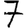
Digit: 7